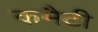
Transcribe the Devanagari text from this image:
कमैटी